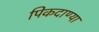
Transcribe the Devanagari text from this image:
पिकदाण्या